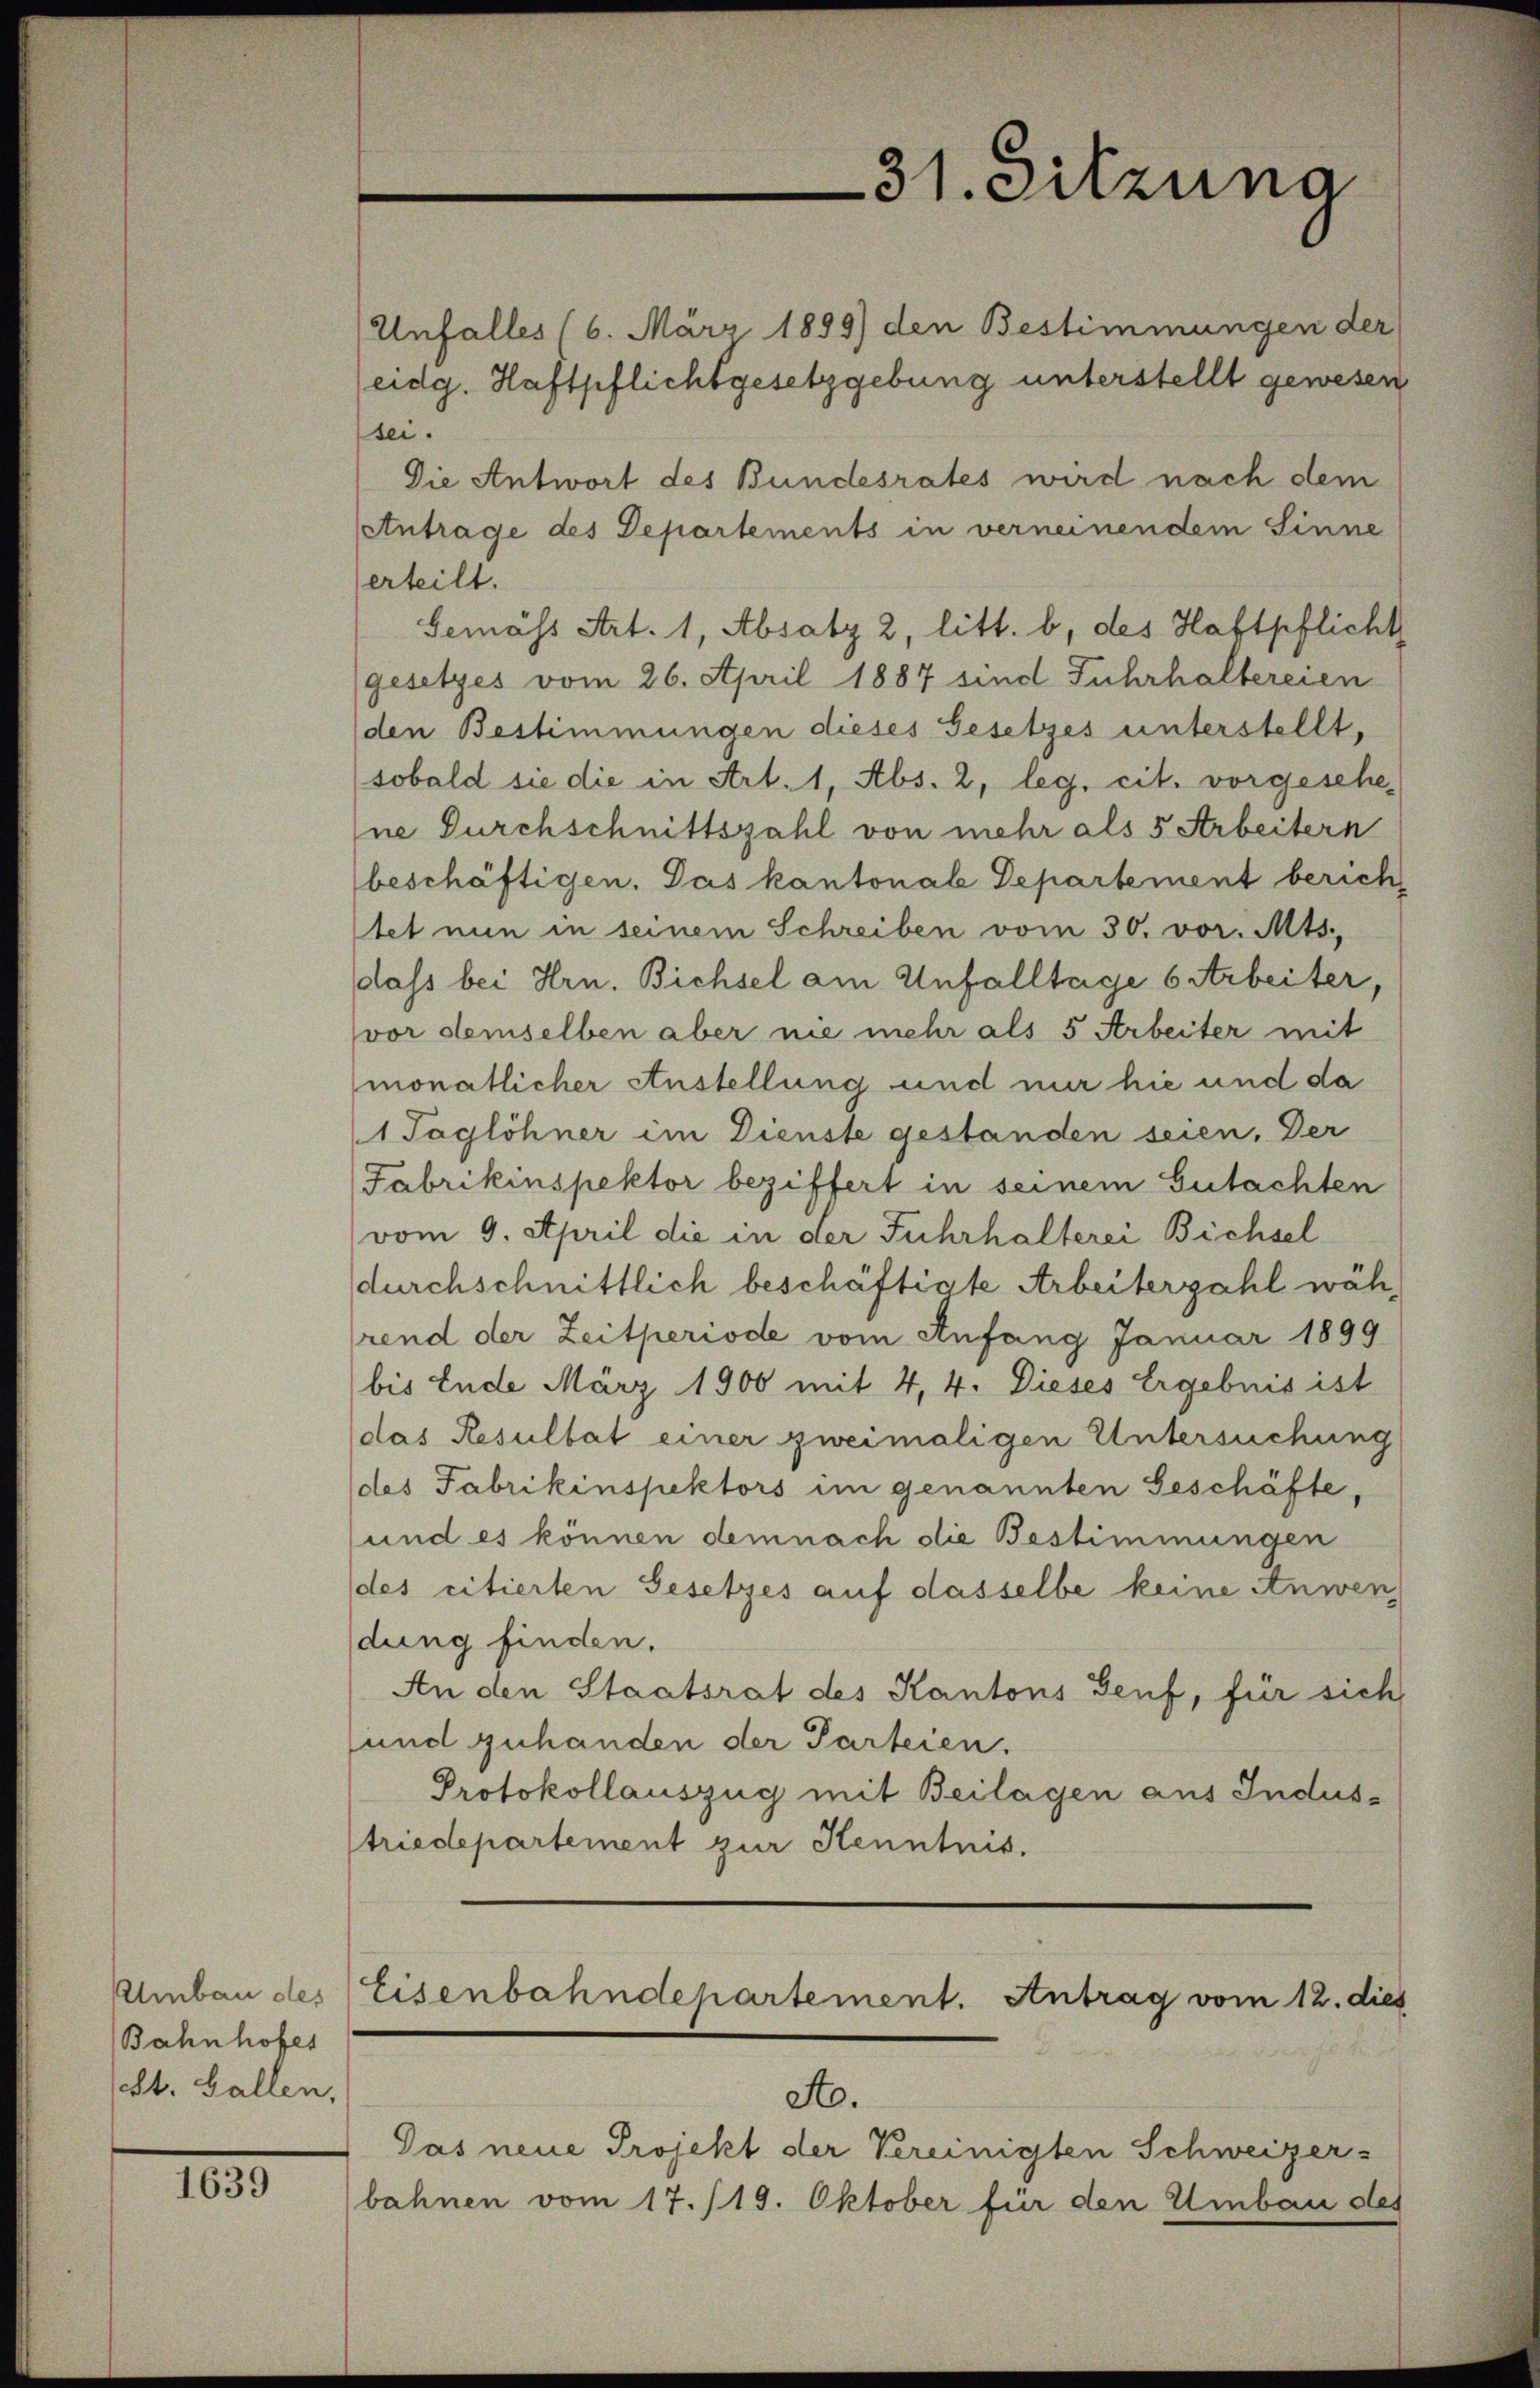
Bahnhofes
St. Gallen,

100

sei.

Unfalles (6. März 1899) den Bestimmungen der
eidg. Haftpflichtgesetzgebung unterstellt gewesen
Die Antwort des Bundesrates wird nach dem
etntrage des Departements in verneinendem Sinne
erteilt.
Gemäss Art. 1, Absatz 2, litt. b, des Haftpflicht
(gesetzes vom 26. April 1887 sind Fuhrhaltereien
den Bestimmungen dieses Gesetzes unterstellt,
(sobald sie die in Art. 1, Abs. 2, leg. cit. vorgesehe
ne Durchschnittszahl von mehr als 5 Arbeitern
beschäftigen. Das kantonal Departement berichtet nun in seinem Schreiben vom 30. vor. Mts.,
dass bei Hrn. Bichsel am Unfalltage barbeiter,
vor demselben aber nie mehr als 5 Arbeiter mit
monatlicher Anstellung und mir hie und da
1 Taglöhner im Dienste gestanden seien. Der
Fabrikinspektor beziffert in seinem Gutachten
vom 9. April die in der Fuhrhalterei Bichsel
durchschnittlich beschäftigte Arbeiterzahl während der Zeitperiode vom Anfang Januar 1899
bis Ende März 1900 mit 4, 4. Dieses Ergebnis ist
das Resultat einer zweimaligen Untersuchung
(des Fabrikinspektors im genannten Geschäfte,
sund es können demnach die Bestimmungen
des citierten Gesetzes auf dasselbe keine Anwen
dung finden.
An den Staatsrat des Kantons Genf, für sich
und zuhanden der Parteien.
Protokollauszug mit Beilagen aus Industriedepartement zur Kenntnis.

Umbau des Eisenbahndepartement. Antrag vom 12. dies

31. Sitzuna

A.
Das neue Projekt der Vereinigten Schweizer-
bahnen vom 17./19. Oktober für den Umbau des